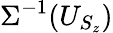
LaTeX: \Sigma^{-1}(U_{S_{z}})